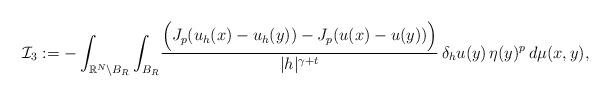
LaTeX: \begin{align*}\mathcal{I}_3:=-\int_{\mathbb{R}^N\setminus B_R}\int_{B_R}& \frac{\Big(J_p(u_h(x)-u_h(y))-J_p(u(x)-u(y))\Big)}{|h|^{\gamma+t}}\,\delta_h u(y)\,\eta(y)^p\,d\mu(x,y),\end{align*}